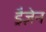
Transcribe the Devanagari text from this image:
ड्रैज़ेन